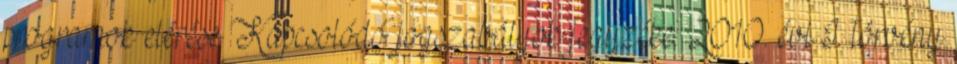
programok elérése Kapcsolódó jogszabályok jegyzéke: 2010. évi I. törvény